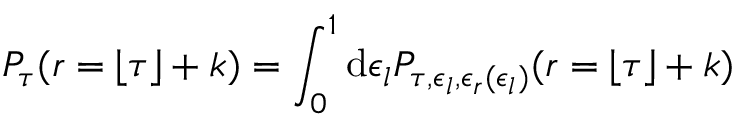
P _ { \tau } ( r = \lfloor \tau \rfloor + k ) = \int _ { 0 } ^ { 1 } \mathrm { d } \epsilon _ { l } P _ { \tau , \epsilon _ { l } , \epsilon _ { r } ( \epsilon _ { l } ) } ( r = \lfloor \tau \rfloor + k )